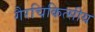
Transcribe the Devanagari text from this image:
गैरचिकित्सीय